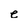
Character: e